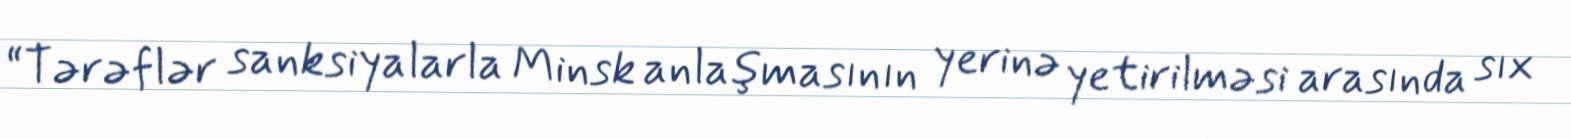
“Tərəflər sanksiyalarla Minsk anlaşmasının yerinə yetirilməsi arasında sıx